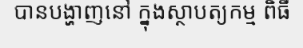
បានបង្ហាញនៅ ក្នុងស្ថាបត្យកម្ម ពិធី